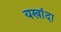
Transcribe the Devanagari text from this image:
यखांदा